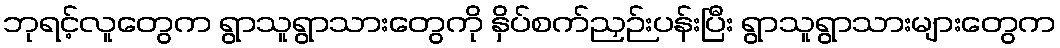
ဘုရင့်လူတွေက ရွာသူရွာသားတွေကို နှိပ်စက်ညှဉ်းပန်းပြီး ရွာသူရွာသားများတွေက